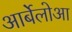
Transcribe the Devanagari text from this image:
आर्बेलोआ